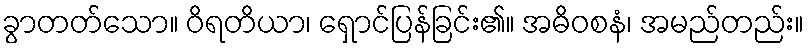
ခွာတတ်သော။ ဝိရတိယာ၊ ရှောင်ပြန်ခြင်း၏။ အဓိဝစနံ၊ အမည်တည်း။